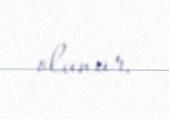
olunur.